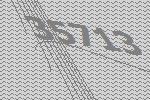
35713